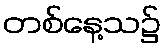
တစ်နေ့သ၌